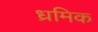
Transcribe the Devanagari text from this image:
ध्रमिक